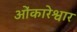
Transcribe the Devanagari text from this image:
ओंकारेश्वार